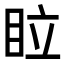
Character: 𥅈